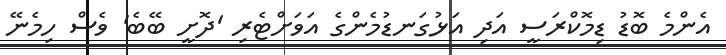
އެންމެ ބޮޑު ޑިމޮކްރަސީ އަދި އަޅުގަނޑުމެންގެ އަވަށްޓެރި 'ދޮށީ ބޭބެ' ވެސް ހިމެނޭ